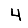
Digit: 4